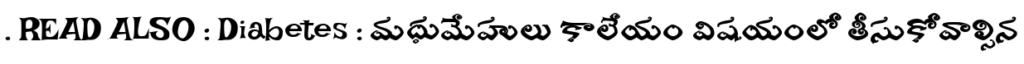
. READ ALSO : Diabetes : మధుమేహులు కాలేయం విషయంలో తీసుకోవాల్సిన